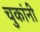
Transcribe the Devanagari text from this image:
चुकांनी